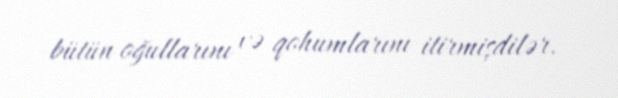
bütün oğullarını və qohumlarını itirmişdilər.